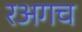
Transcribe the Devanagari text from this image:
रअगच